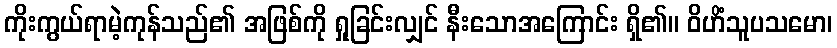
ကိုးကွယ်ရာမဲ့ကုန်သည်၏ အဖြစ်ကို ရှုခြင်းလျှင် နီးသောအကြောင်း ရှိ၏။ ဝိဟိံသူပသမော၊